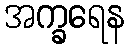
အက္ခရေန